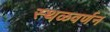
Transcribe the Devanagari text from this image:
स्थळवर्णन